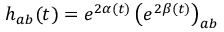
h _ { a b } ( t ) = e ^ { 2 \alpha ( t ) } \left( e ^ { 2 \beta ( t ) } \right) _ { a b }